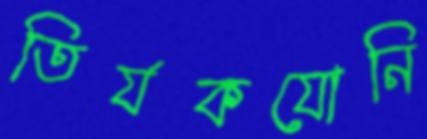
তির্যকযোনি